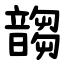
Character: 䪮